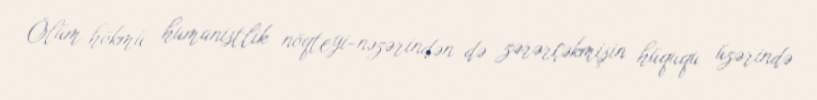
Ölüm hökmü humanistlik nöqteyi-nəzərindən də zərərçəkmişin hüququ üzərində